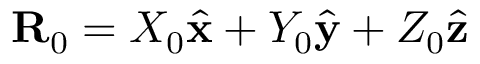
\mathbf { R } _ { 0 } = X _ { 0 } \hat { \mathbf { x } } + Y _ { 0 } \hat { \mathbf { y } } + Z _ { 0 } \hat { \mathbf { z } }